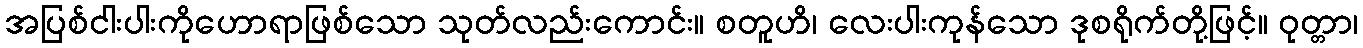
အပြစ်ငါးပါးကိုဟောရာဖြစ်သော သုတ်လည်းကောင်း။ စတူဟိ၊ လေးပါးကုန်သော ဒုစရိုက်တို့ဖြင့်။ ဝုတ္တာ၊